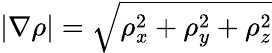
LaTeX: |\nabla\rho|=\sqrt{\rho_{x}^{2}+\rho_{y}^{2}+\rho_{z}^{2}}